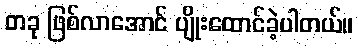
တခု ဖြစ်လာအောင် ပျိုးထောင်ခဲ့ပါတယ်။